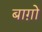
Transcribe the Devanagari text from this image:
बाग़ोे